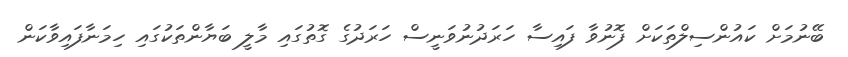
ބޭނުމަށް ކައުންސިލްތަކަށް ފޮނުވާ ފައިސާ ހަރަދުނުވަނީސް ހަރަދުގެ ގޮތުގައި މާލީ ބަޔާންތަކުގައި ހިމަނާފައިވާކަން